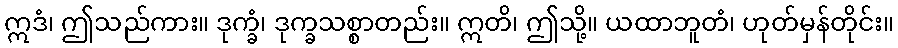
ဣဒံ၊ ဤသည်ကား။ ဒုက္ခံ၊ ဒုက္ခသစ္စာတည်း။ ဣတိ၊ ဤသို့။ ယထာဘူတံ၊ ဟုတ်မှန်တိုင်း။